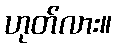
ဟုတ်လား။